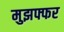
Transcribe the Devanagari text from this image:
मुझफ्फर